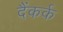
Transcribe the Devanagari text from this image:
दैंकर्क